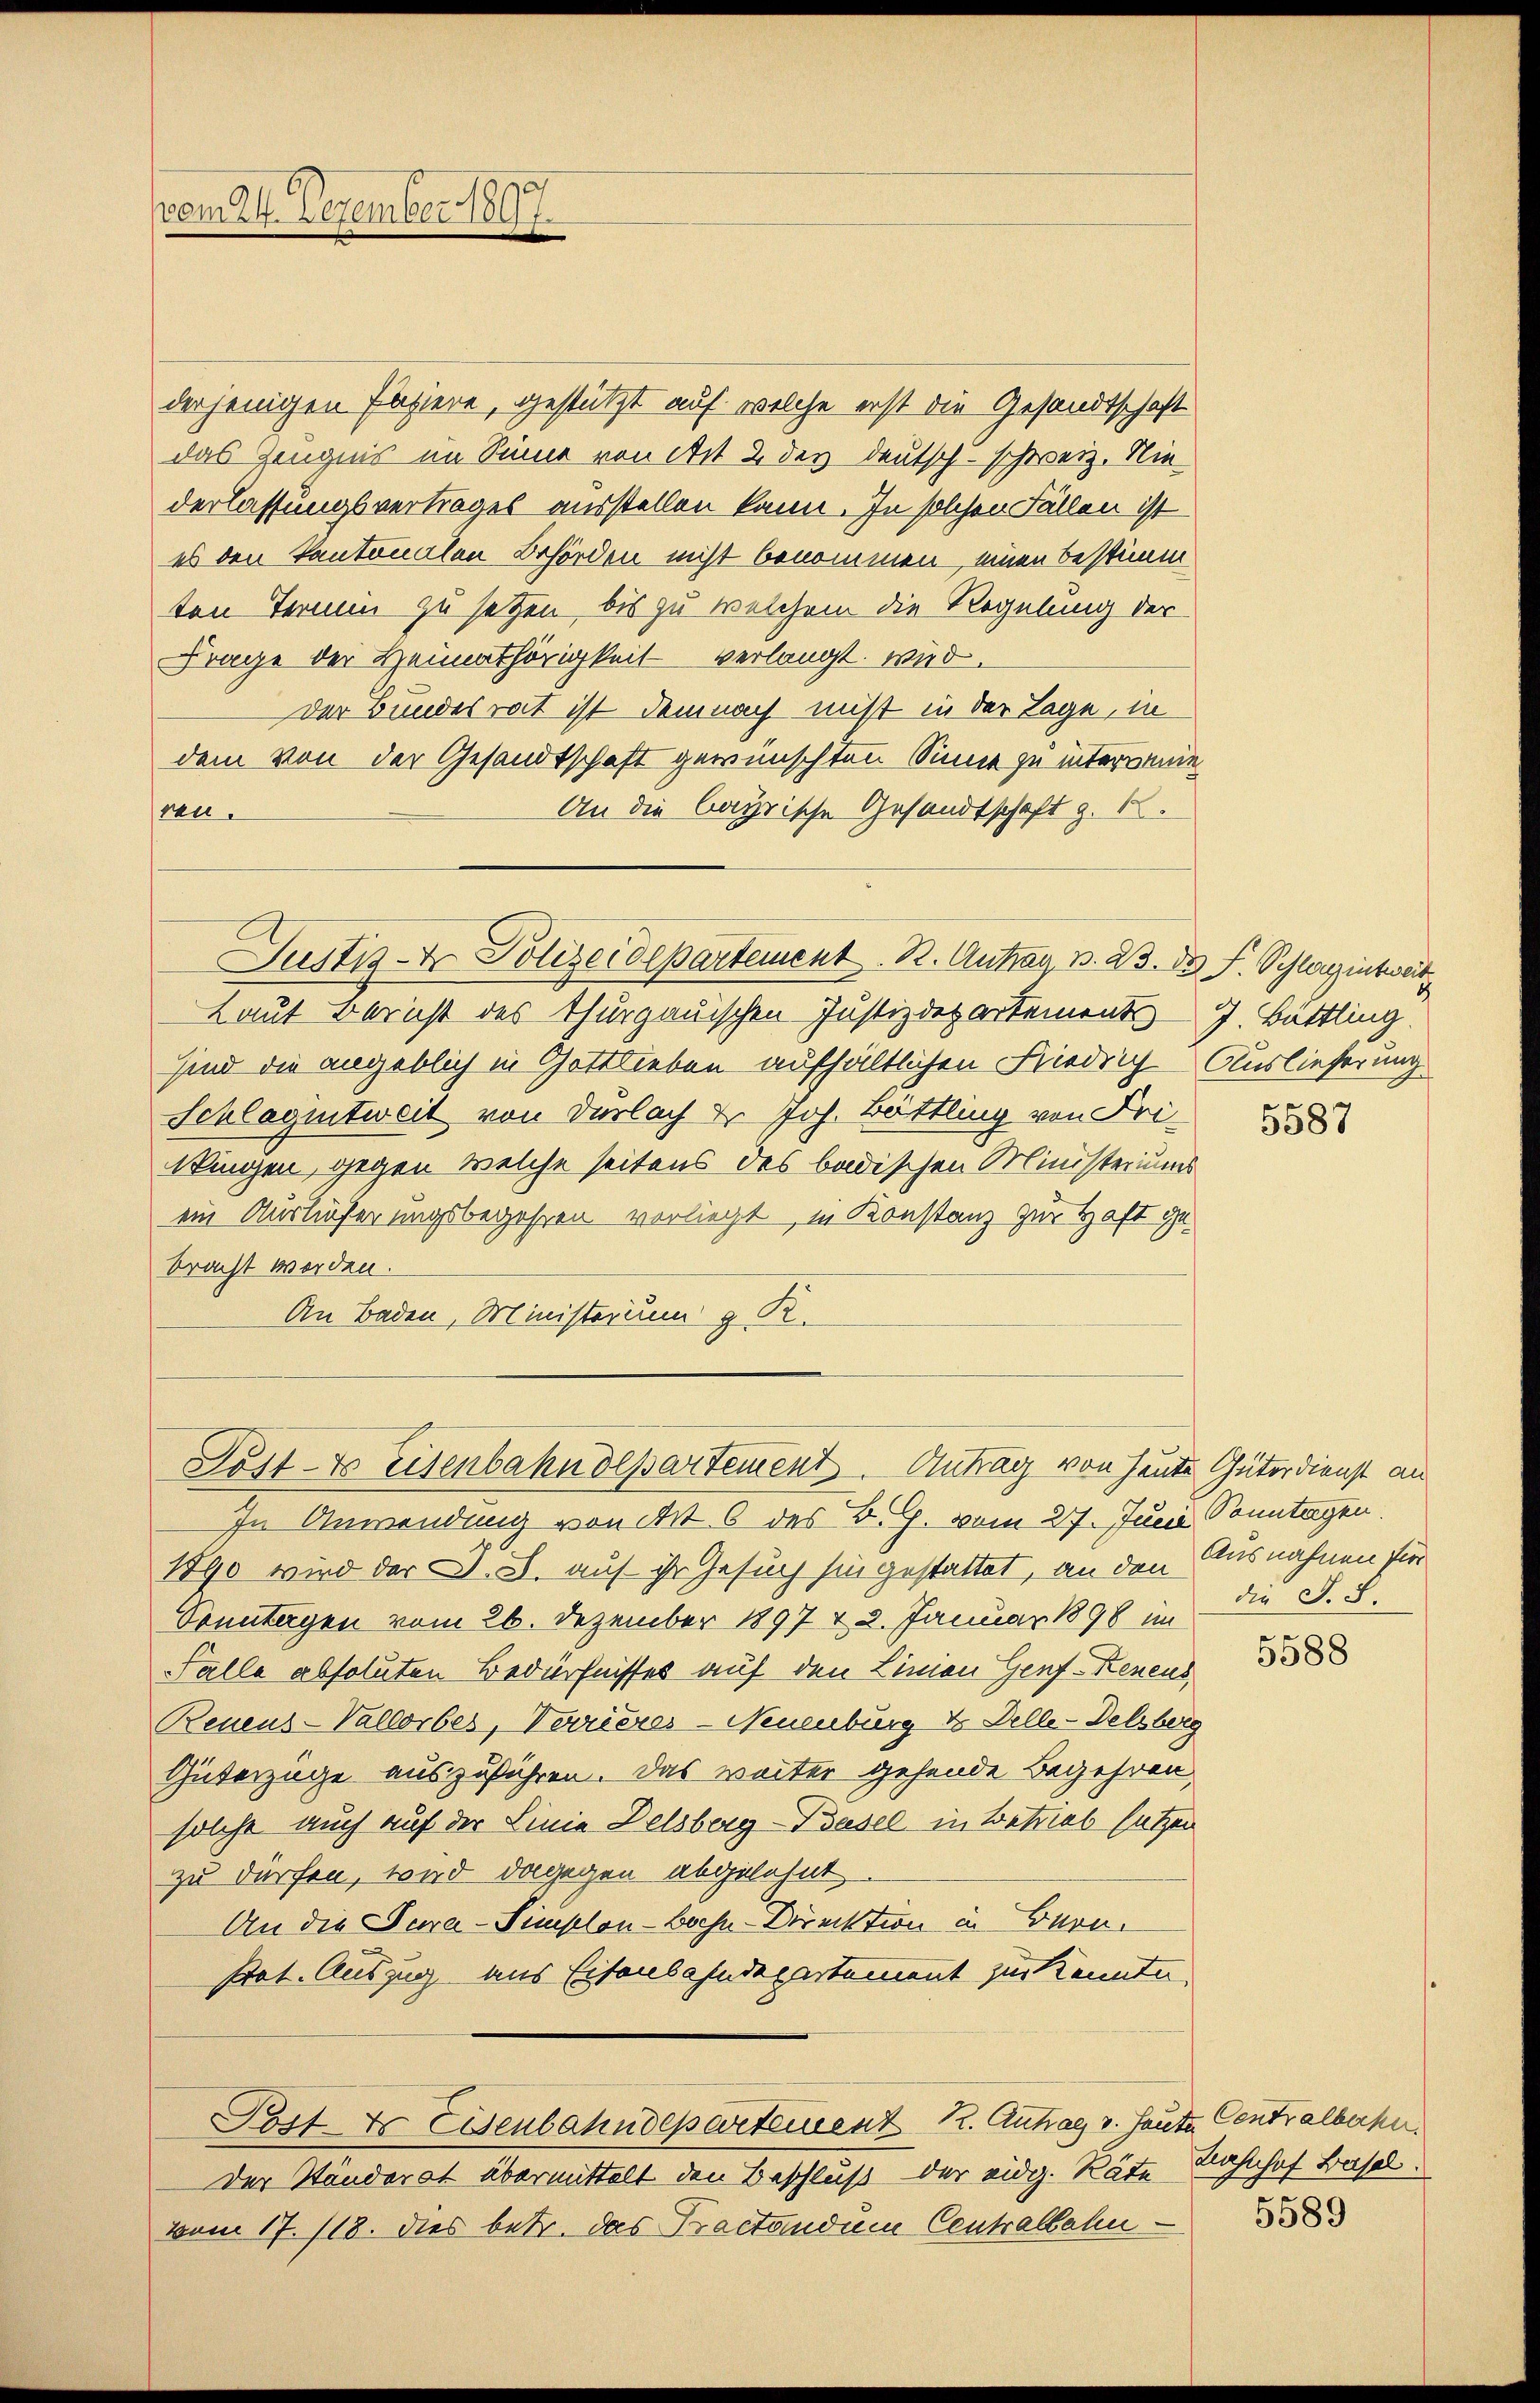
vom 24. Dezember 1897.

derjenigen Papiere, gestützt auf welche erst die Gesandtschaft
das Zeugnis im Sinne von Art. 2 des deutsch-schweiz. Nie
derlassungsvertrages ausstellen kann. In solchen Fällen ist
es den kantonalen Behörden nicht benommen, einen bestimm
ten Termin zu setzen, bis zu welchem die Regelung der
Frage der Heimathörigkeit verlangt wird.
der Bundesrat ist demnach nicht in der Tage, in
dem von der Gesandtschaft gewünschten Sinne zu interwende
An die bayrische Gesandtschaft z. B.
ren.
Justiz- & Polizeidepartement. R. Antrag, p. 23. 15 J. Schlagintwert
Laut Bericht des Thurgauischen Justizdepartements J. Bättling.
sind die angeblich in Gottlieben aufhältlichen Friedrich Auslieferung
Schlagintweit von Dürlach & Joh. Bättling von Fri¬
Ningen, gegen welche seitens des badischen Ministeriums
ein Auslieferungsbegehren verliegt, in Konstanz zur Haft gebracht werden.
An Baden, Ministerium g R.

Söst- & Eisenbahndepartement. Antrag von heute Güterdienst an

Der Standerat übermittelt den Beschluß der eidg. Rätevom 17./18. dies betr. das Practandum Centralbahn

Post & Eisenbahndepartement K. Antrag v. Heute Centralbache.

In Anwendung von Art. 6 des B. G. vom 27. Juni Sonntagen.
1890 wird der D. S. auf ihr Gesuch sie gestattet, an den Ausnahmen für
Sonntagen vom 26. Dezember 1897 v. 2. Januar 1890 im
FFalle absoluten Bedürfnisses auf den Linien Genf-Renens
Renens-Vallorbes, Verrieres - Neuenburg & Delle-Delsberg
Güterzüge auszuführen. Das weiter gehende Begehren,
solche auch auf der Linie Delsberg-Basel in Betrieb setzen
zu dürfen, wird dagegen abgelehnt
An die Para-Simplon-Bochn-Driektion in Bern.
Pat. Auszug aus Eisenbahndepartement zur Kenntn

5587

die S. S.

5588

Lahnhof Basel.
5589